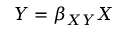
Y = \beta _ { X Y } X